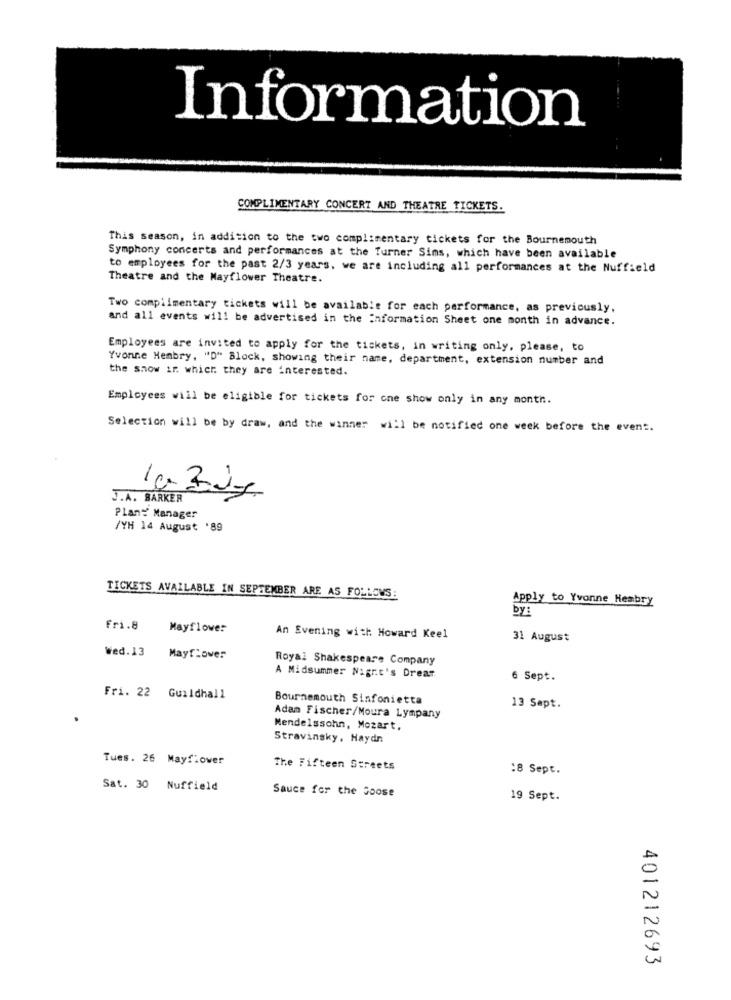
Information
COMPLIMENTARY CONCERT AND THEATRE TICKETS.
This season, in addition to the two complimentary tickets for the Bournemouth
Symphony concerts and performances at the Turner Sims, which have been available
to employees for the past 2/3 years, we are including all performances at the Nuffield
Theatre and the Mayflower Theatre.
Two complimentary tickets will be available for each performance, as previously,
and all events will be advertised in the information Sheet one month in advance.
Employees are invited to apply for the tickets, in writing only, please, to
Yvonne Hembry, "D" Block, showing their name, department, extension number and
the show ir which they are interested.
Employees will be eligible for tickets for one show only in any month.
Selection will be by draw, and the winner will be notified one week before the event.
J.A. BARKER
Plant Manager
/YH 14 August '89
TICKETS AVAILABLE IN SEPTEMBER ARE AS FOLLOWS:
Apply to Yvonne Hembry
Fri.8
Mayflower
An Evening with Howard Keel
31 August
Wed. 13
Mayflower
Royal Shakespeare Company
A Midsummer Night's Dream
6 Sept.
Fri. 22 Guildhall
Bournemouth Sinfonietta
13 Sapt.
Adam Fischer/Moura Lympany
Mendelssohn, Mozart,
Stravinsky. Haydn
Tues. 26 Mayflower
The Fifteen Streets
:8 Sept.
Sat. 30 Nuffield
Sauce for the Goose
19 Sept.
401212693